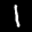
Label: 1